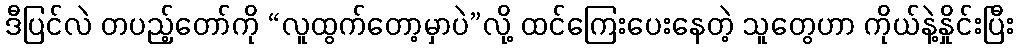
ဒီပြင်လဲ တပည့်တော်ကို “လူထွက်တော့မှာပဲ”လို့ ထင်ကြေးပေးနေတဲ့ သူတွေဟာ ကိုယ်နဲ့နှိုင်းပြီး